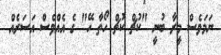
ނަމަވެސް މީރާ ބުނީ "ކުޗް ކުޗް ހޯތާ ހޭ" ގެ އެއްވެސް އަސަރެއް